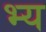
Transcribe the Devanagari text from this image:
भ्य